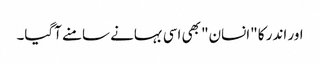
اور اندر کا "انسان" بھی اسی بہانے سامنے آگیا۔